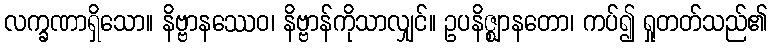
လက္ခဏာရှိသော။ နိဗ္ဗာနဿေဝ၊ နိဗ္ဗာန်ကိုသာလျှင်။ ဥပနိဇ္ဈာနတော၊ ကပ်၍ ရှုတတ်သည်၏